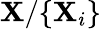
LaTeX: \mathbf{X}/\{ \mathbf{X}_{i}\}